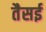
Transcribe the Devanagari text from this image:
तैसई